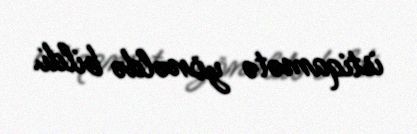
istiqamətə yönəldə bildi.